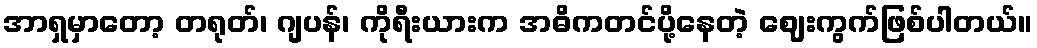
အာရှမှာတော့ တရုတ်၊ ဂျပန်၊ ကိုရီးယားက အဓိကတင်ပို့နေတဲ့ ဈေးကွက်ဖြစ်ပါတယ်။